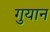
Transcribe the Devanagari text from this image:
गुयान